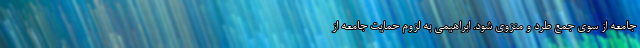
جامعه از سوی جمع طرد و منزوی شود. ابراهیمی به لزوم حمایت جامعه از